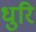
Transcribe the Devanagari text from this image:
धुरि